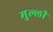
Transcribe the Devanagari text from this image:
मुल्ली